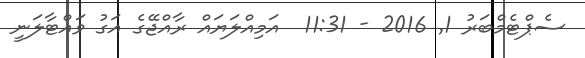
ސެޕްޓެމްބަރު 1